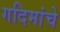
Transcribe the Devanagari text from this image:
गदिमांचे